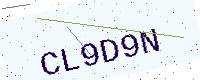
Text: CL9D9N